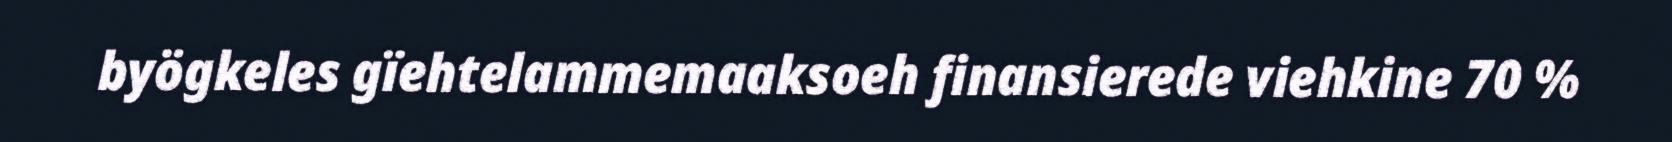
byögkeles gïehtelammemaaksoeh finansierede viehkine 70 %